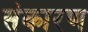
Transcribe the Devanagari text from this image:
संकारण